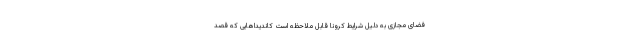
فضای مجازی به دلیل شرایط کرونا قابل ملاحظه است کاندیداهایی که قصد